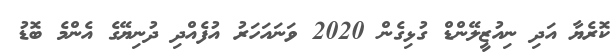
ކޮރެޔާ އަދި ނިއުޒީލޭންޑް ގުޅިގެން 2020 ވަނައަހަރު އުފެއްދި ދުނިޔޭގެ އެންމެ ބޮޑު